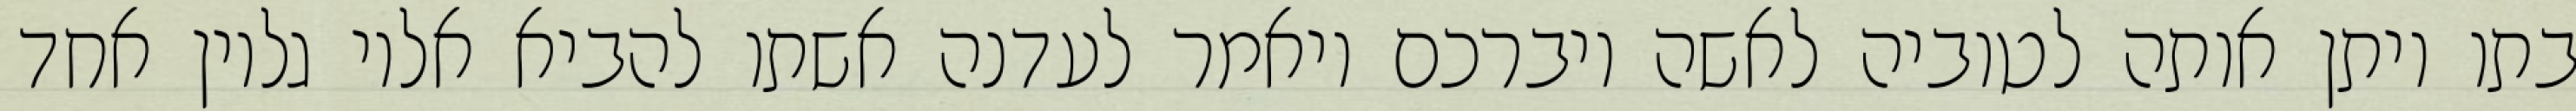
בתו ויתן אותה לטוביה לאשה ויברכם ויאמר לעדנה אשתו להביא אליו גליון אחד